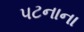
પટનાના